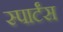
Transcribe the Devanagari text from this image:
स्पार्टंस